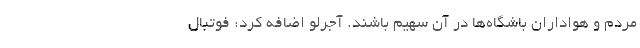
مردم و هواداران باشگاه‌ها در آن سهیم باشند. آجرلو اضافه کرد: فوتبال